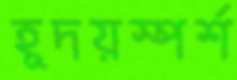
হূদয়স্পর্শ